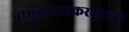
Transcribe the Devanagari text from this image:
बाभुळगावकरशास्त्री